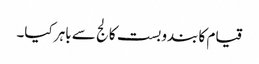
قیام کا بندوبست کالج سے باہر کیا۔